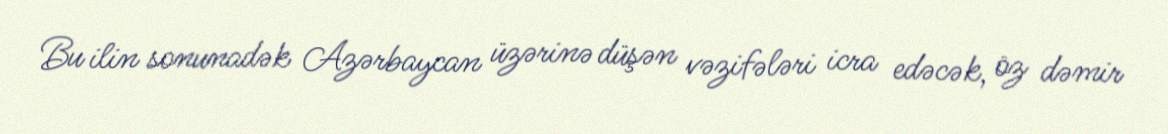
Bu ilin sonunadək Azərbaycan üzərinə düşən vəzifələri icra edəcək, öz dəmir